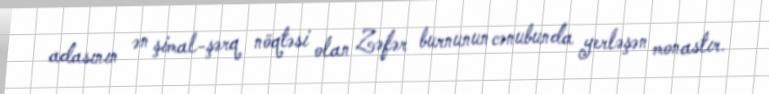
adasının ən şimal-şərq nöqtəsi olan Zəfər burnunun cənubunda yerləşən monastır.